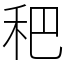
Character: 𥝧